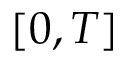
[ 0 , T ]